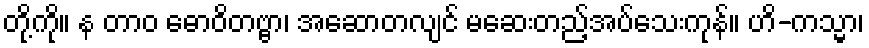
တို့ကို။ န တာဝ ဓောဝိတဗ္ဗာ၊ အဆောတလျင် မဆေးတည့်အပ်သေးကုန်။ ဟိ-ကသ္မာ၊